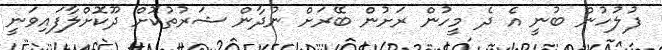
ފުލުހުން ބުނީ އެ ދެ މީހުން ރަށުން ބޭރަށް ނުދާން ޝަރުތުކޮށް ދޫކޮށްލާފައިވަނީ